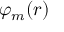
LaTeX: \varphi _ { m } ( { \boldsymbol { r } } )